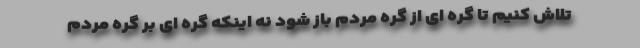
تلاش کنیم تا گره ای از گره مردم باز شود نه اینکه گره ای بر گره مردم